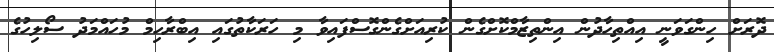
ދޮރަށް ހިންގަވަނީ އިއްތިހާދުން އިންތިޒާމްކޮށްގެން ކުރިއަށްގެންގޮސްފައިވާ މި ހަރަކާތުގައި އިބްރާހިމް މުހައްމަދު ސޯލިހުގެ